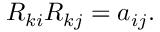
\begin{array} { r } { R _ { k i } R _ { k j } = a _ { i j } . } \end{array}